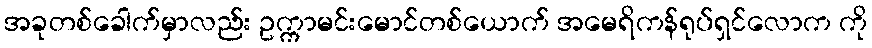
အခုတစ်ခေါက်မှာလည်း ဥက္ကာမင်းမောင်တစ်ယောက် အမေရိကန်ရုပ်ရှင်လောက ကို